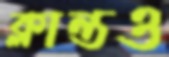
ক্লান্তও